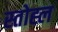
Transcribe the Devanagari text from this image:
स्तोह्ल